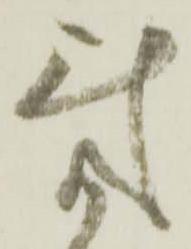
気